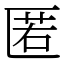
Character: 匿